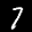
Label: 7